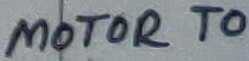
Text: MOTOR TO